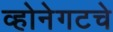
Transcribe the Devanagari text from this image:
व्होनेगटचे